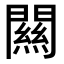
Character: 闗